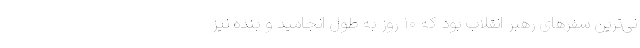
نی‌ترین سفرهای رهبر انقلاب بود که ۱۰ روز به طول انجامید و بنده نیز